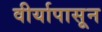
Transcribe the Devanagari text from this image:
वीर्यापासून